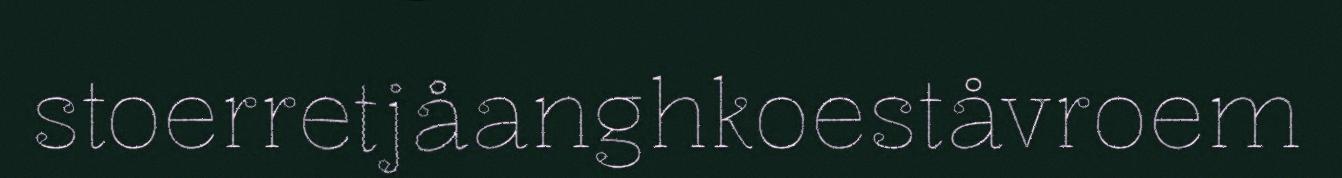
stoerretjåanghkoeståvroem